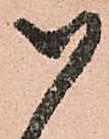
被